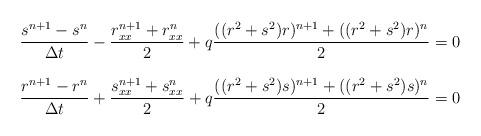
LaTeX: \begin{align*}\begin{array}{r}\dfrac{s^{n+1}-s^{n}}{\Delta t}-\dfrac{r_{xx}^{n+1}+r_{xx}^{n}}{2}+q\dfrac{((r^{2}+s^{2})r)^{n+1}+((r^{2}+s^{2})r)^{n}}{2}=0 \\ \\ \dfrac{r^{n+1}-r^{n}}{\Delta t}+\dfrac{s_{xx}^{n+1}+s_{xx}^{n}}{2}+q\dfrac{((r^{2}+s^{2})s)^{n+1}+((r^{2}+s^{2})s)^{n}}{2}=0\end{array}\end{align*}